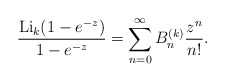
\begin{gather*}{\operatorname{Li}_k(1-e^{-z}) \over {1-e^{-z}}} = \sum_{n=0}^{\infty} B_n^{(k)} {z^n\over n !}.\end{gather*}